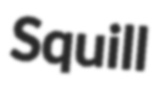
Squill